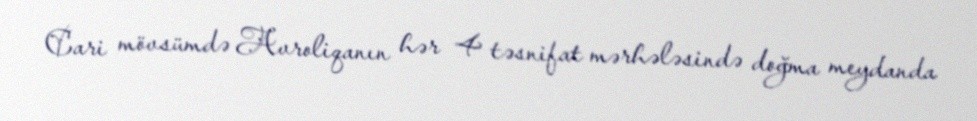
Cari mövsümdə Avroliqanın hər 4 təsnifat mərhələsində doğma meydanda